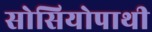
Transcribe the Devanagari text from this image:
सोसियोपाथी